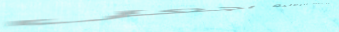
مركز اللياقة البدنية اجعل